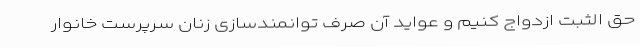
حق الثبت ازدواج کنیم و عواید آن صرف توانمندسازی زنان سرپرست خانوار